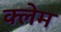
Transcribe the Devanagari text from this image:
क्‍लेम